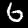
Label: 6